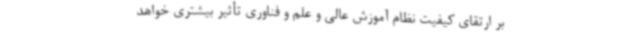
بر ارتقای کیفیت نظام آموزش عالی و علم و فناوری تأثیر بیشتری خواهد